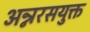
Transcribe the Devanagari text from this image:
अन्नरसयुक्त